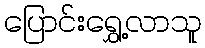
ပြောင်းရွှေ့လာသူ